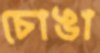
চোঙা